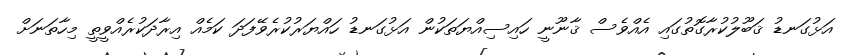
އަޅުގަނޑު ޤަބޫލުކުރާގޮތުގައި އެއްވެސް ޤާނޫނީ ހައިސިއްޔަތަކުން އަޅުގަނޑު ހައްޔަރުކުރެވޭފަދަ ކަމެއް އިރާދަކުރެއްވީތީ މިހާތަނަށް